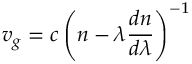
v _ { g } = c \left( n - \lambda { \frac { d n } { d \lambda } } \right) ^ { - 1 }